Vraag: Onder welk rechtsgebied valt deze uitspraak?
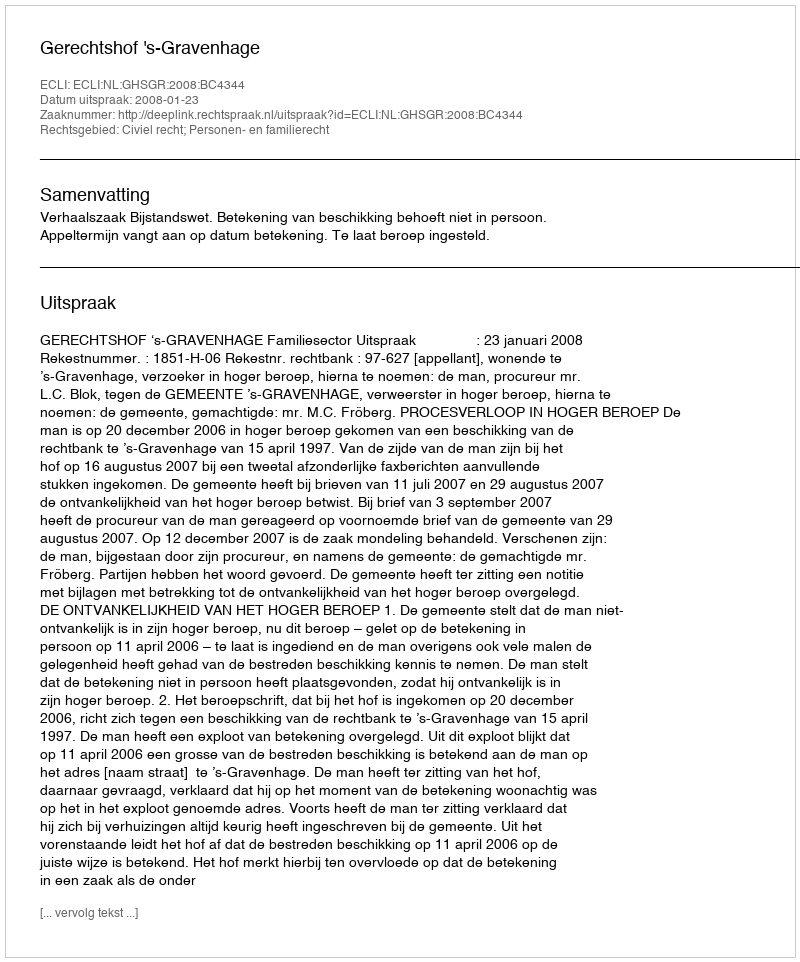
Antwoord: Civiel recht; Personen- en familierecht